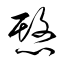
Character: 愍